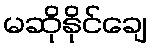
မဆိုနိုင်ချေ